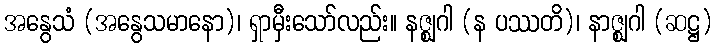
အနွေသံ (အနွေသမာနော)၊ ရှာမှီးသော်လည်း။ နဇ္ဈဂါ (န ပဿတိ)၊ နာဇ္ဈဂါ (ဆဋ္ဌ)